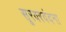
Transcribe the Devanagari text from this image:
सूरवरवंदना